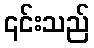
၎င်းသည်